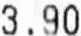
3.90